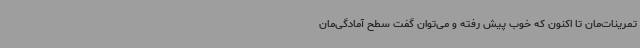
تمرینات‌مان تا اکنون که خوب پیش رفته و می‌توان گفت سطح آمادگی‌مان